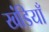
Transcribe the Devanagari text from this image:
खंडियाँ